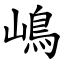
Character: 嶋